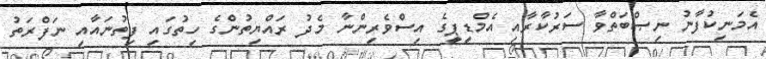
އެމަނިކުފާނު ނިޞްބަތްވާ ސަރުކާރާއި އެމްޑީޕީގެ އިސްވެރިންނާ މެދު ރައްޔިތުންގެ ހިތުގައި ފިތުނައާއި ނަފްރަތު